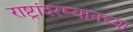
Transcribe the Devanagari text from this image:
राष्ट्रांदरम्यानच्या